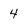
Character: 4